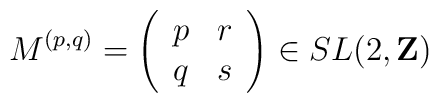
M^{(p,q)}=\left(\begin{array}{cc}p&r\\q&s\end{array}\right)\in SL(2,{\bf Z})